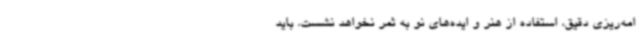
امه‌ریزی دقیق، استفاده از هنر و ایده‌های نو به ثمر نخواهد نشست. باید